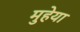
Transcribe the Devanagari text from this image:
मुहेया